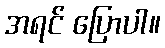
အရင် ပြောပါ။